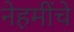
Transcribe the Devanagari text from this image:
नेहमींचे